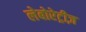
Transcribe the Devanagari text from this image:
लेबोरेट्रीज़